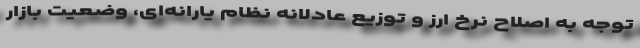
توجه به اصلاح نرخ ارز و توزیع عادلانه نظام یارانه‌ای، وضعیت بازار